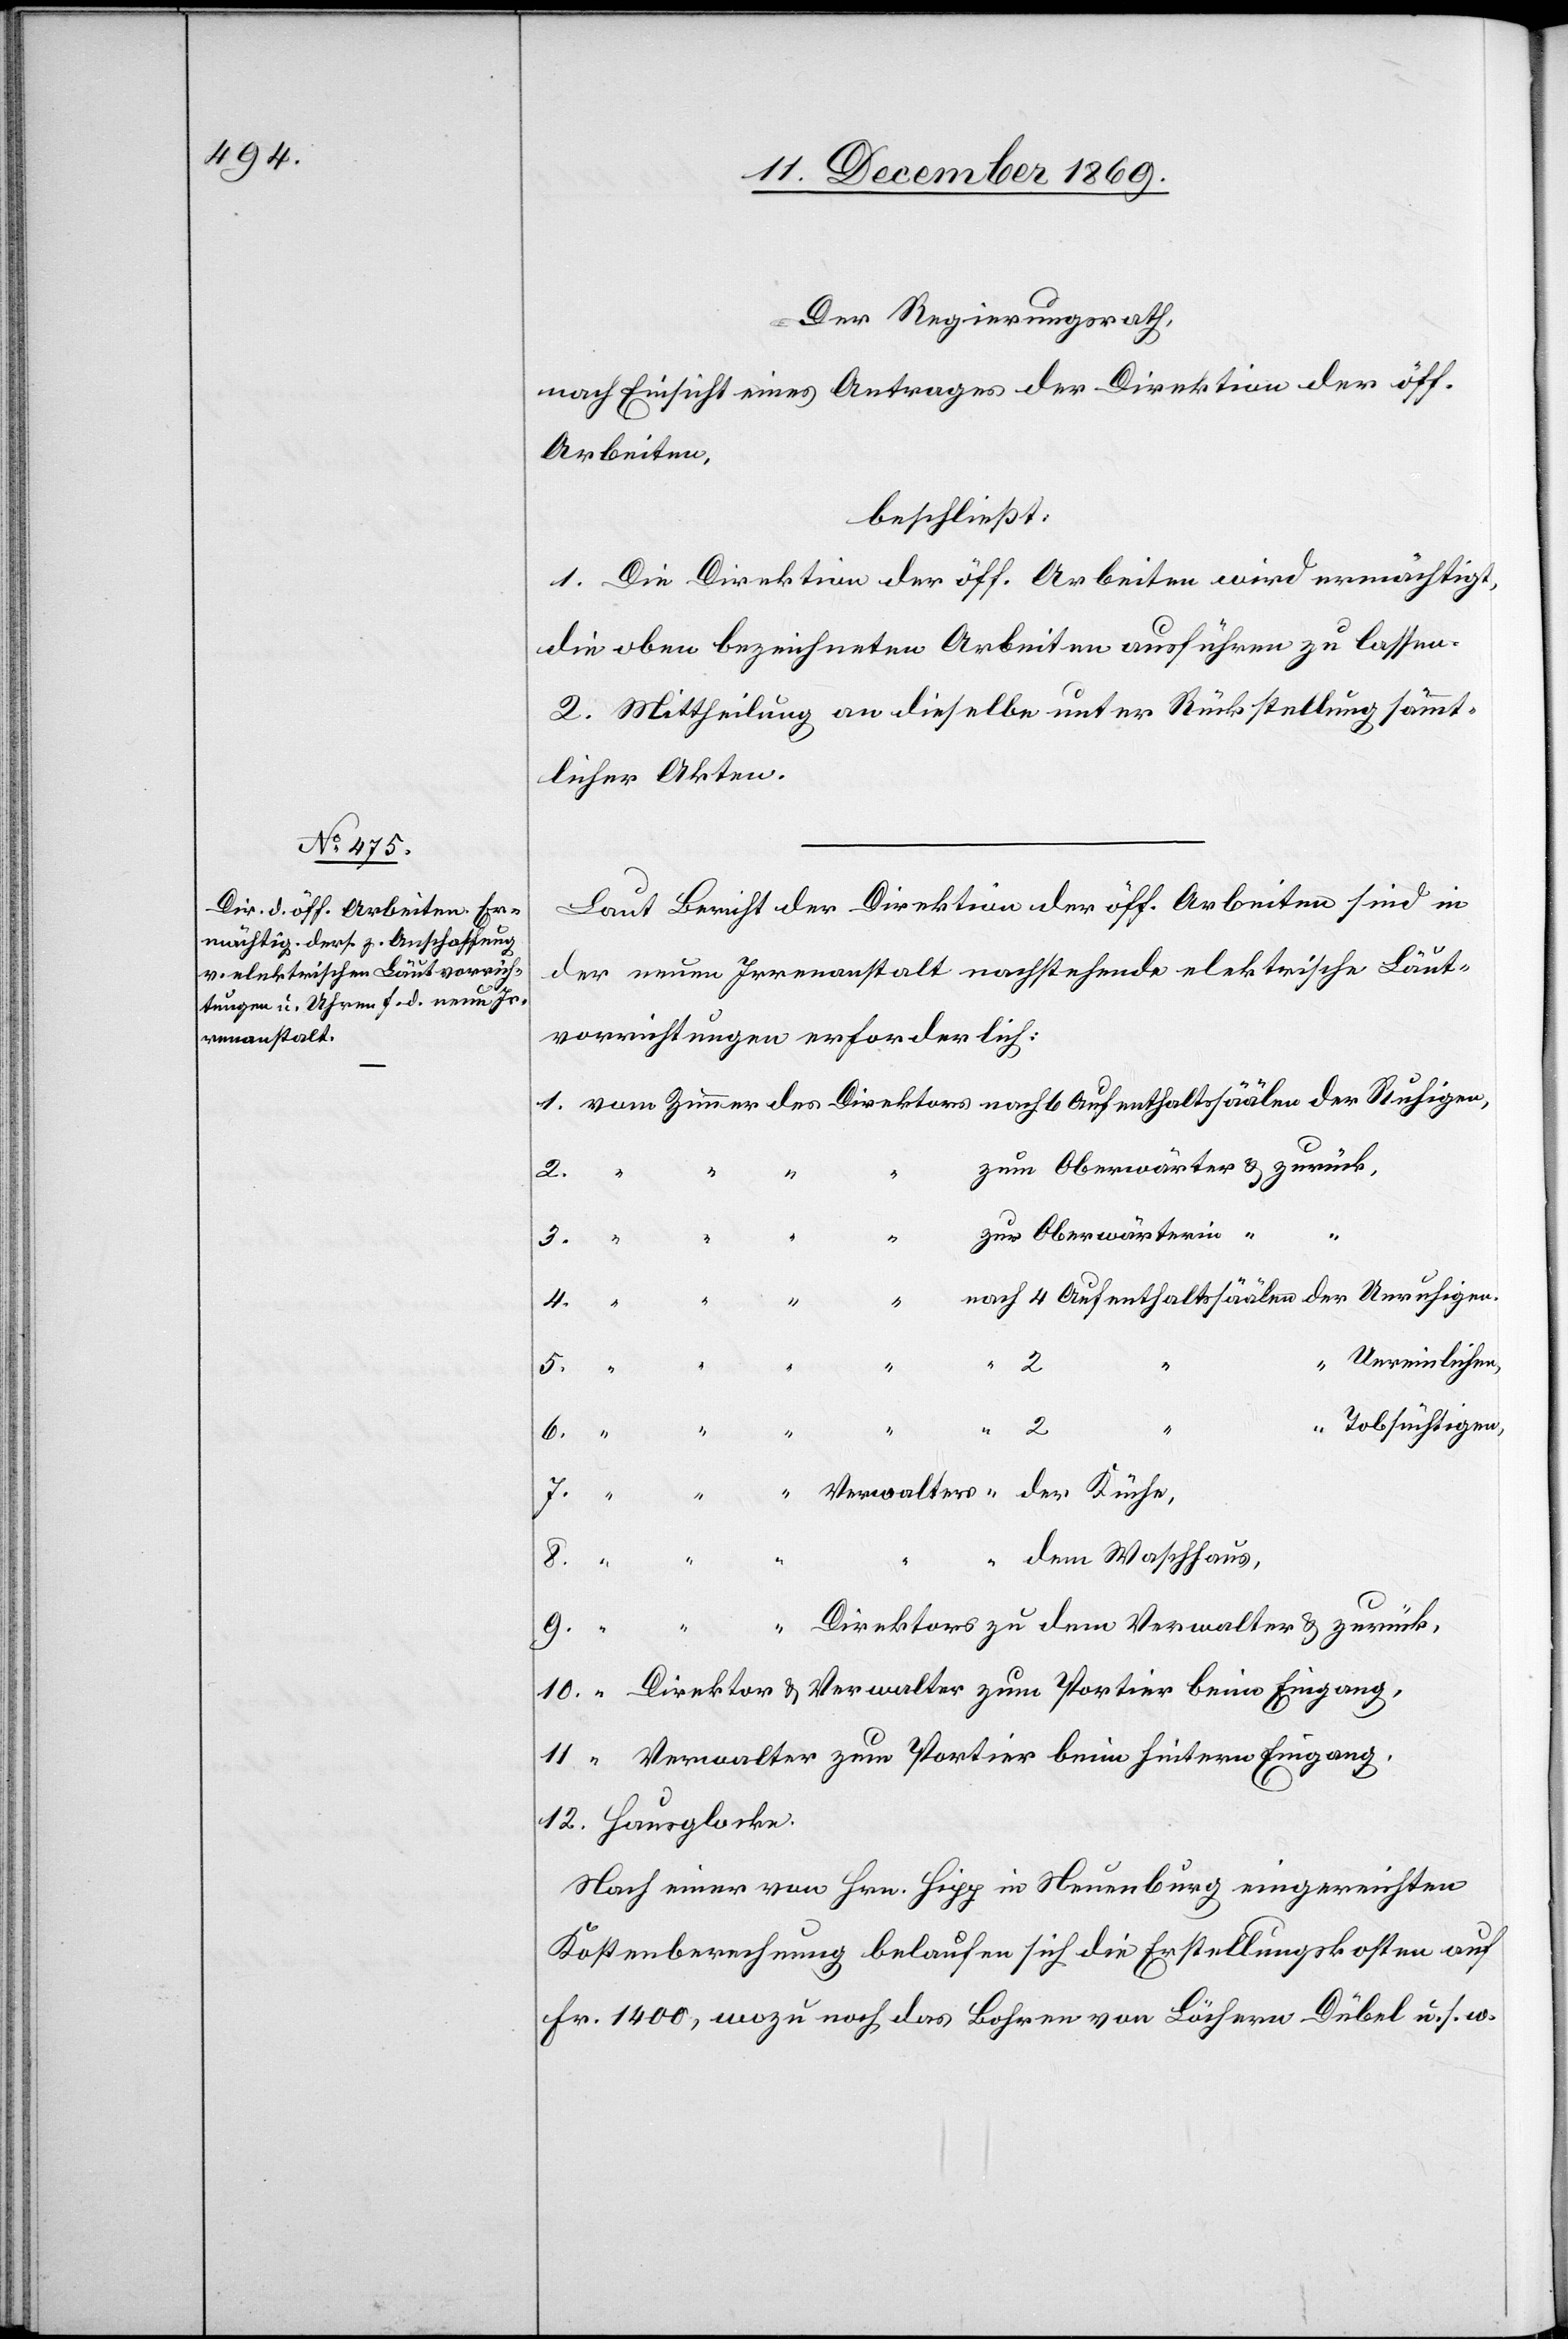
Der Regierungsrath,
nach Einsicht eines Antrages der Direktion der öff.
Arbeiten,
beschließt:
1. Die Direktion der öff. Arbeiten wird ermächtigt,
die oben bezeichneten Arbeiten ausführen zu lassen.
2. Mittheilung an dieselbe unter Rückstellung sämmt¬
licher Akten.
Laut Bericht der Direktion der öff. Arbeiten sind in
der neuen Irrenanstalt nachstehende elektrische Läut¬
vorrichtungen erforderlich:
1. vom Zimmer des Direktors nach 6 Aufenthaltssäälen der Ruhigen,
zum Oberwärter & zurück,
3.
“ “
“
“
“
zur Oberwärterin
“ nach 4 Aufenthaltssäälen der Unruhigen.
Unreinlichen,
8.
Tobsüchtigen,
7.
“ Verwalters “ der Küche,
dem Waschhaus,
“ “
Direktors zu dem Verwalter & zurück,
9. “
10. “ Direktor & Verwalter zum Portier beim Eingang,
11. “ Verwalter zum Portier beim hintern Eingang,
12. Hausglocke.
Nach einer von Hrn. Hipp in Neuenburg eingereichten
Kostenberechnung belaufen sich die Erstellungskosten auf
Fr. 1400, wozu noch [für] das Bohren von Löchern Dübel u. s. w.